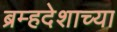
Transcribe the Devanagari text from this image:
ब्रम्हदेशाच्या